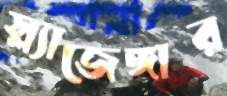
স্ল্যাজেঙ্গার